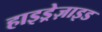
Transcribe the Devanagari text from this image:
हाइड्रेज़ाइड